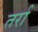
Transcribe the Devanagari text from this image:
तर्रा